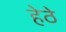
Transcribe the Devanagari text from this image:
हेठे